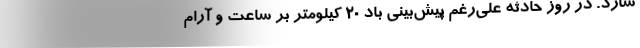
سازد. در روز حادثه علی‌رغم پیش‌بینی باد 20 کیلومتر بر ساعت و آرام